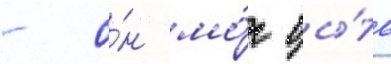
- о́н мо́г бы́ть